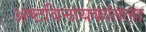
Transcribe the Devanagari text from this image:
अष्टविनायकांतला